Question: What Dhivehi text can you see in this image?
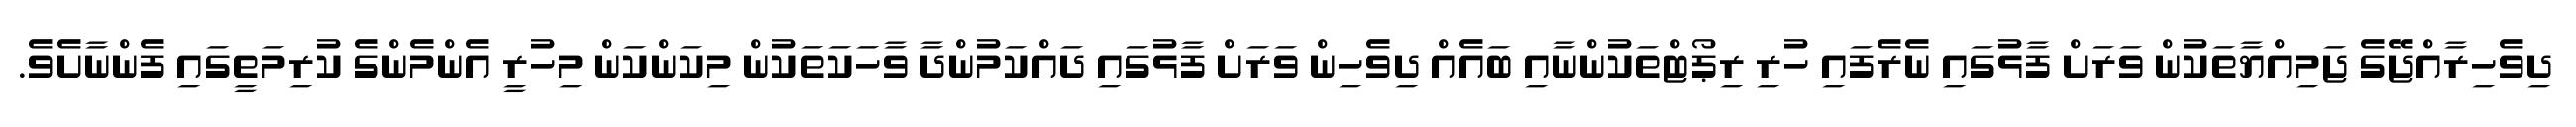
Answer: ދިވެހިރާއްޖޭގެ ޖަމިއްޔާތަކުން ވަރަށް ފާޅުގައި ނެރެފައި ހުރި ރިޕޯޓްތަކުންނާއި ބައެއް ދިވެހިން ވަރަށް ފާޅުގައި ދައްކަމުންދާ ވާހަކަތަކުން މިކަންކަން މިހުރީ އެންމެންގެ ކުރިމަތީގައި ފެންނާށެވެ.